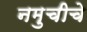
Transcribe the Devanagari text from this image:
नमुचीचे